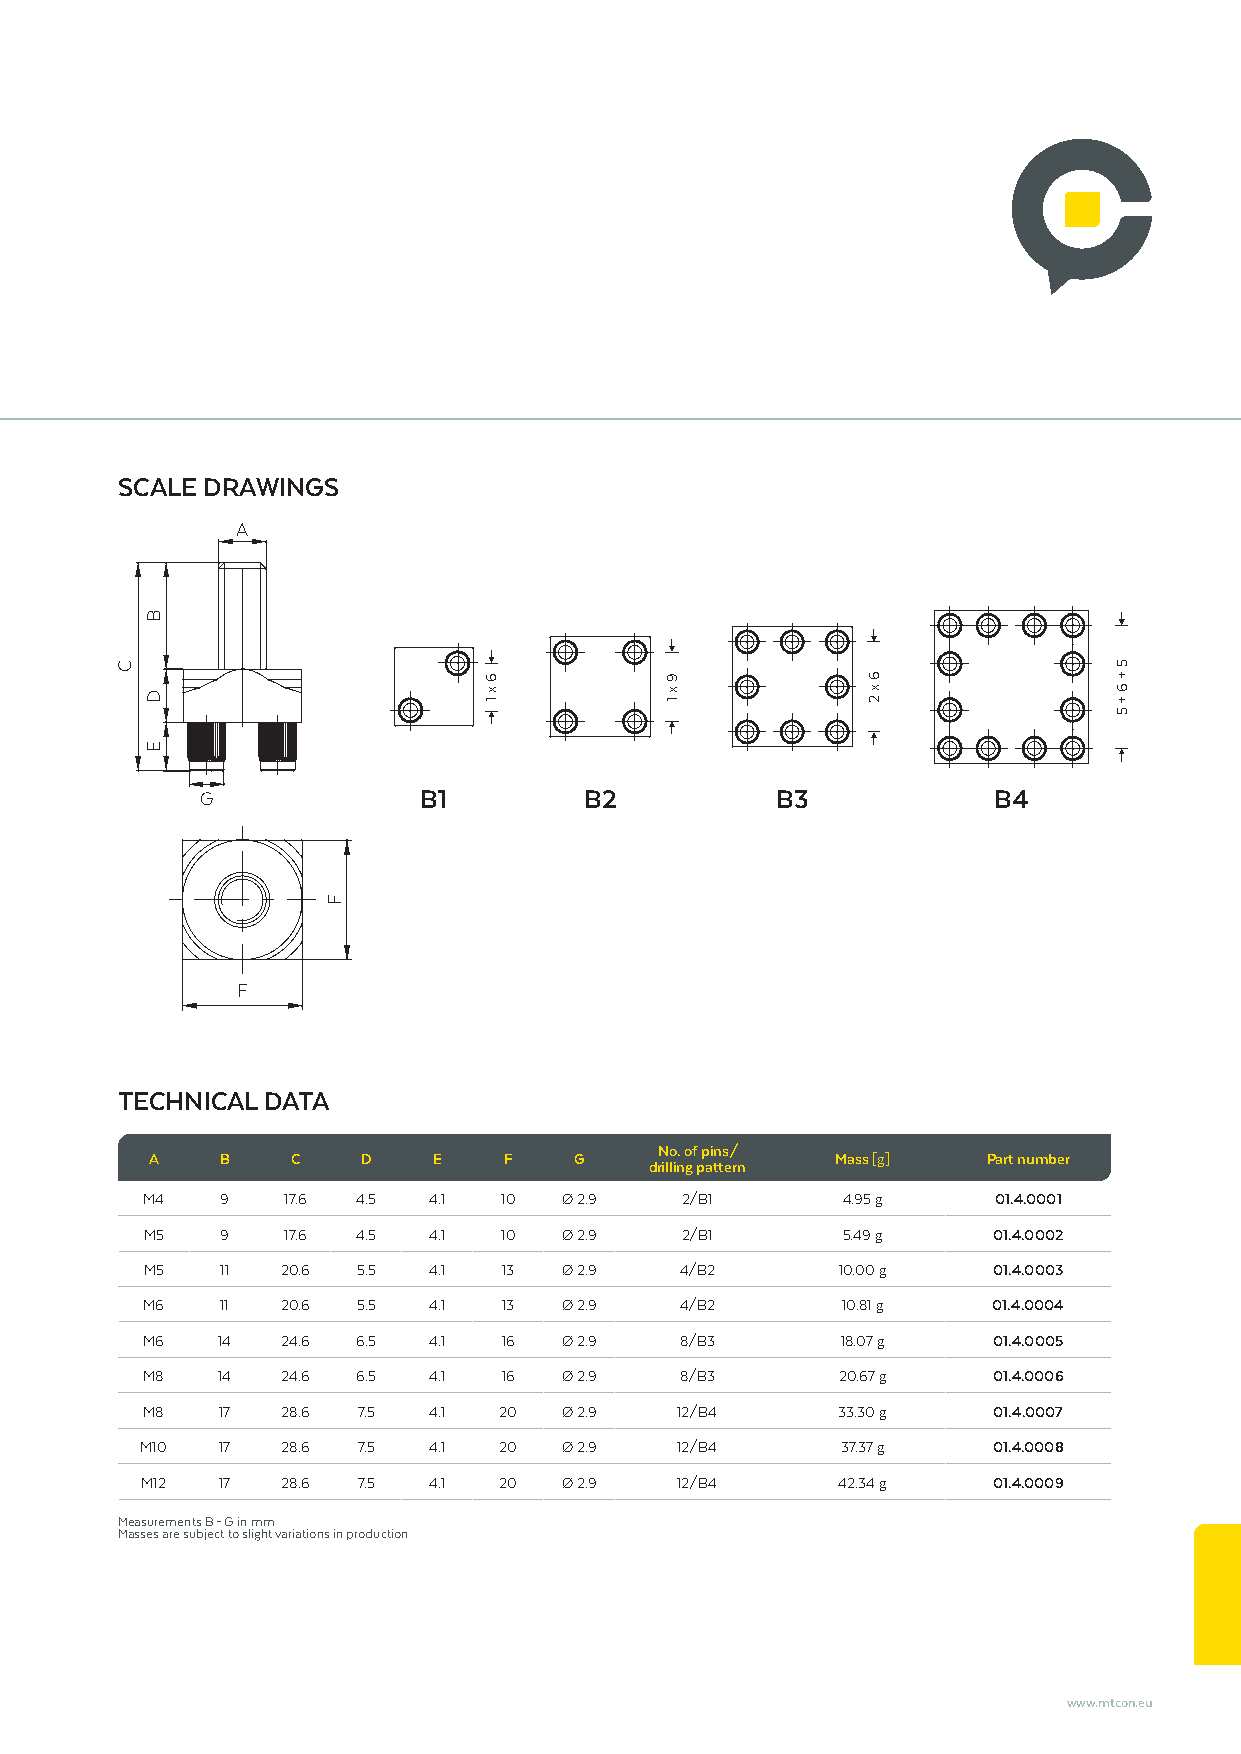
SCALE DRAWINGS
 A
 G              B1         B2          B3             B4
 F
 TECHNICAL DATA
 No. of pins/
 A    B   C    D    E   F    G                Mass [g]  Part number
 drilling pattern
 M4    9   17.6 4.5 4.1  10  Ø 2.9   2/B1       4.95 g    01.4.0001
 M5   9   17.6 4.5 4.1  10  Ø 2.9   2/B1       5.49 g    01.4.0002
 M5   11  20.6 5.5 4.1  13  Ø 2.9   4/B2      10.00 g    01.4.0003
 M6    11  20.6 5.5 4.1  13  Ø 2.9   4/B2       10.81 g   01.4.0004
 M6   14   24.6 6.5 4.1  16  Ø 2.9   8/B3       18.07 g   01.4.0005
 M8   14   24.6 6.5 4.1  16  Ø 2.9   8/B3       20.67 g   01.4.0006
 M8   17   28.6 7.5 4.1  20  Ø 2.9   12/B4     33.30 g    01.4.0007
 M10  17   28.6 7.5 4.1  20  Ø 2.9   12/B4      37.37 g   01.4.0008
 M12  17   28.6 7.5 4.1  20  Ø 2.9   12/B4     42.34 g    01.4.0009
 Measurements B – G in mm
 Masses are subject to slight variations in production
 www.mtcon.eu
 C
 B
 D
 E
 F
 6
 x 1
 9
 x 1
 6
 x 2
 5
 +
 6 +
 5